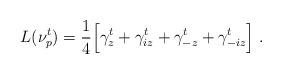
LaTeX: \begin{align*} L(\nu^t_p) = \frac14 \Big[\gamma^t_z + \gamma^t_{iz} + \gamma^t_{-z} + \gamma^t_{-iz}\Big]\;.\end{align*}